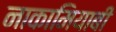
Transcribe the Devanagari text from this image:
नाकामियाबी